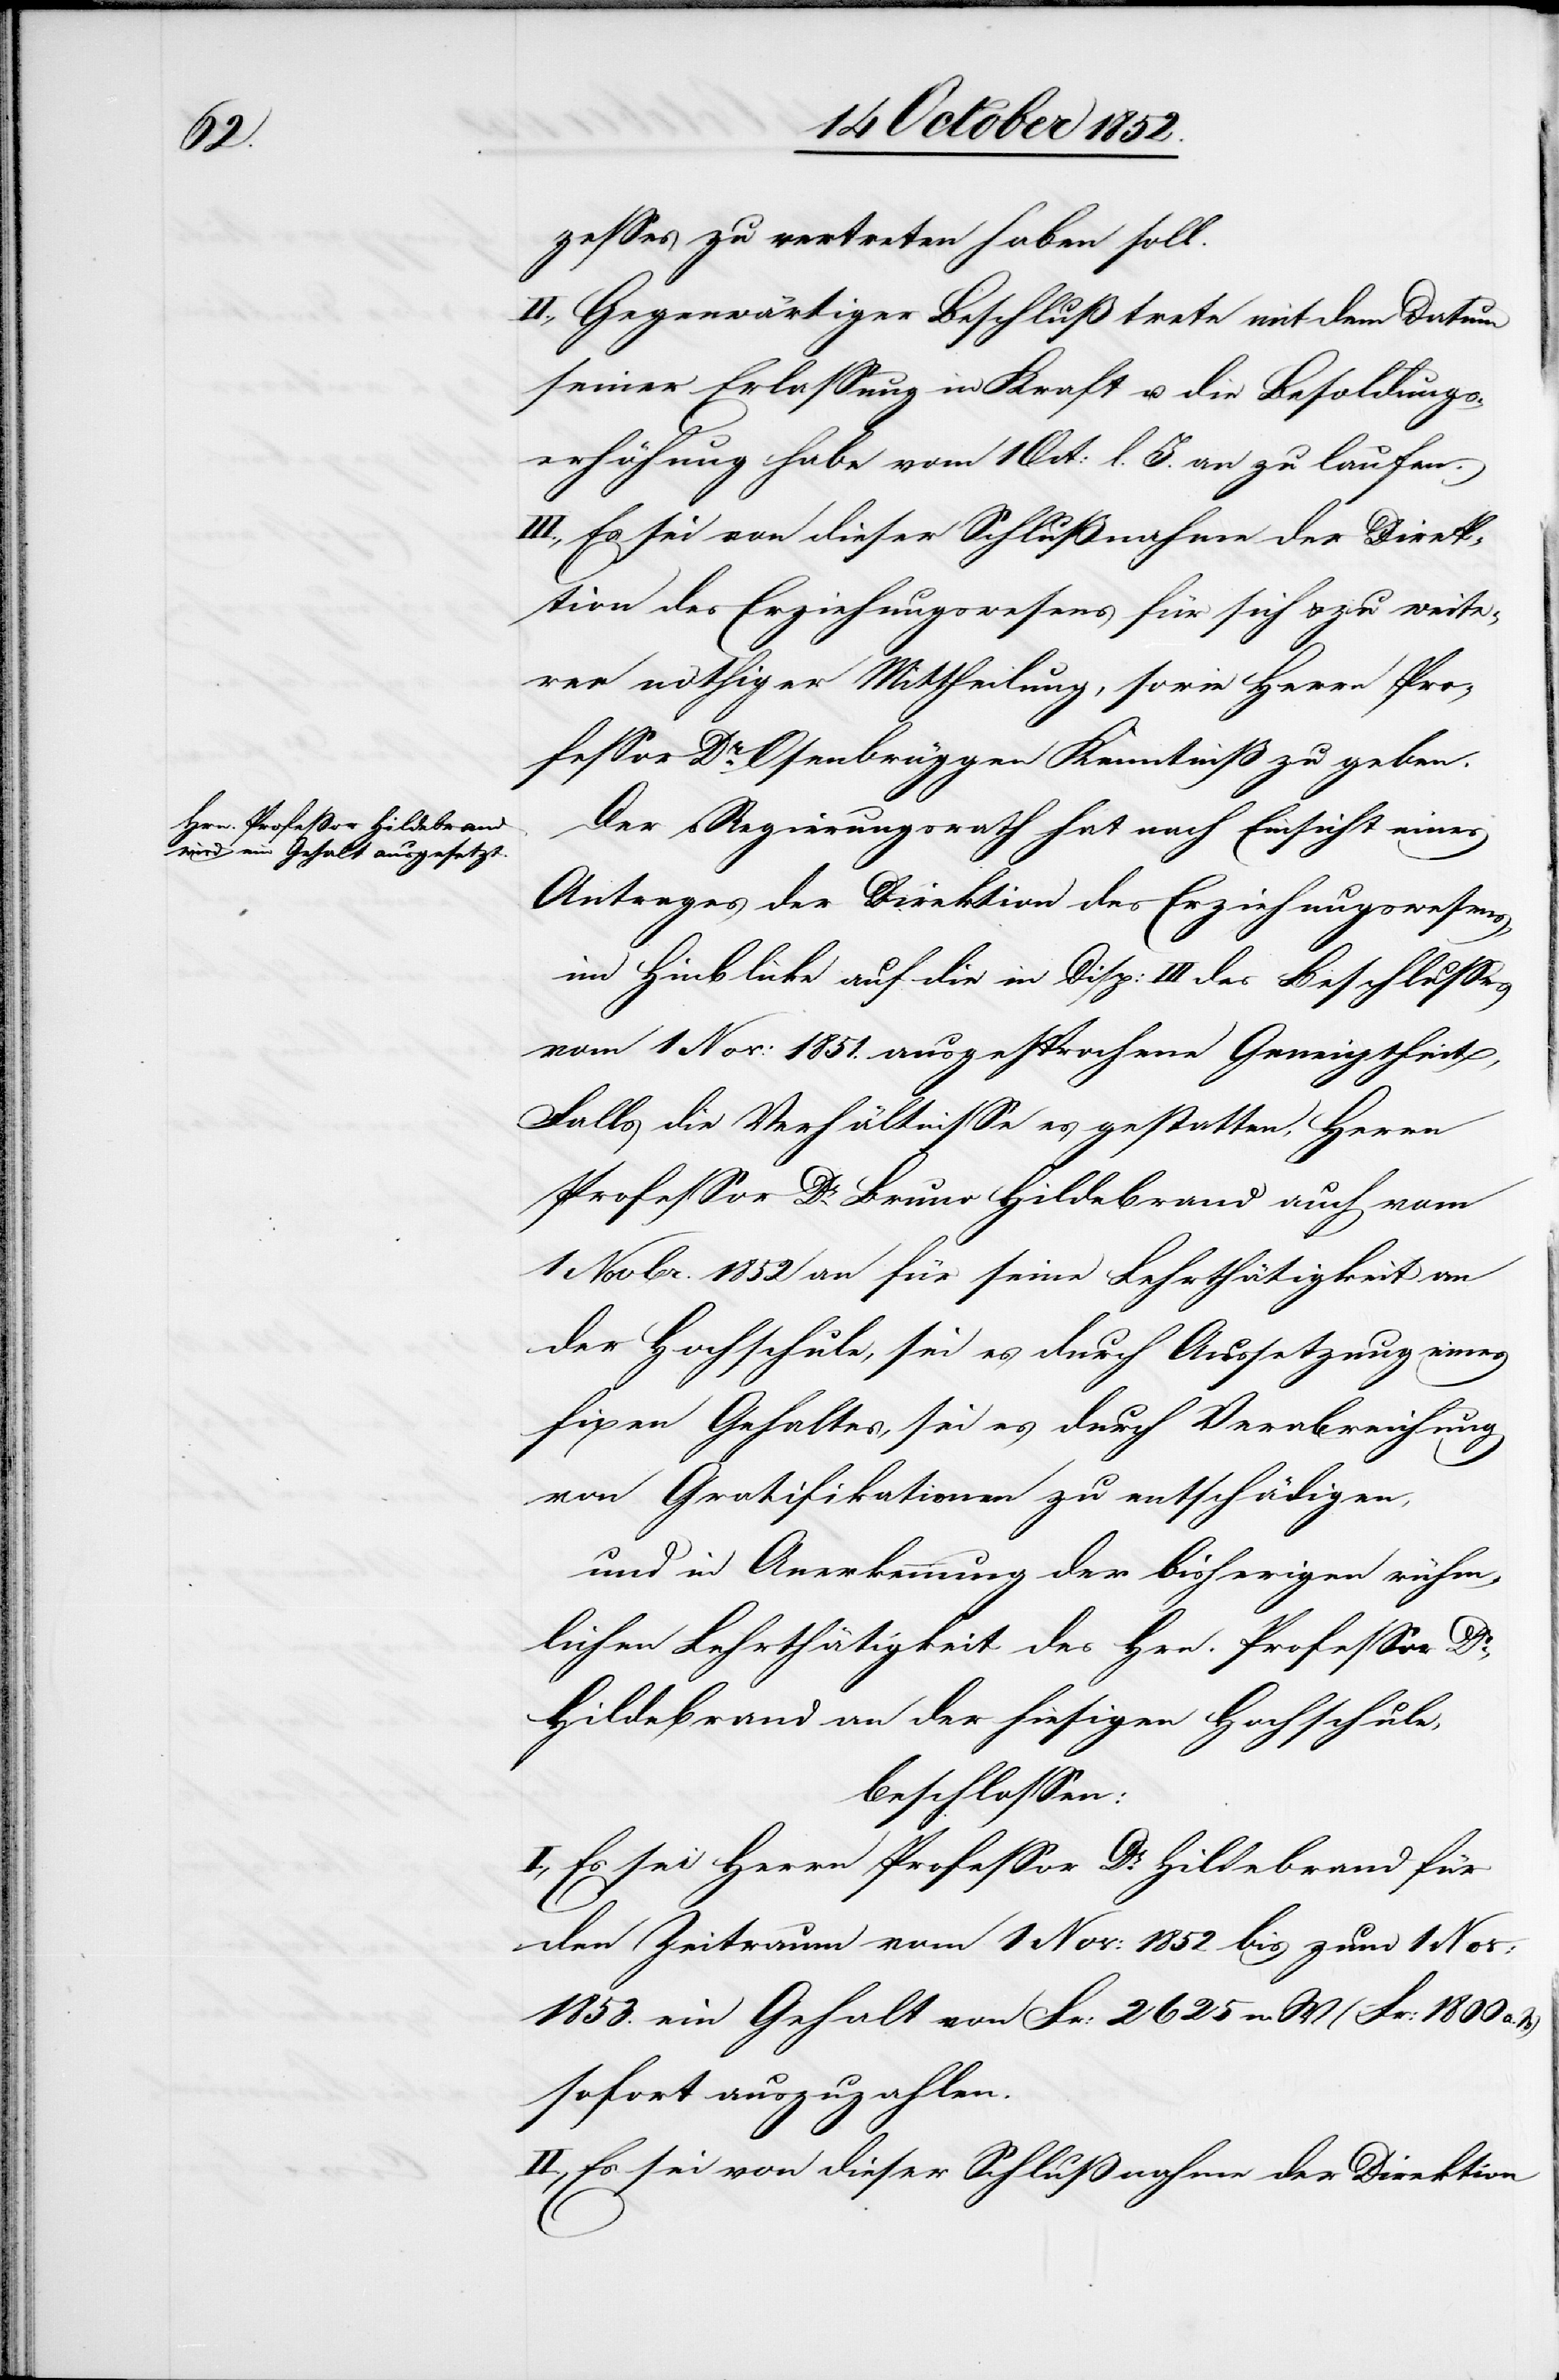
zesses zu vertreten haben soll.
II., Gegenwärtiger Beschluß trete mit dem Datum
seiner Erlassung in Kraft u. die Besoldungs¬
erhöhung habe vom 1 Oct: l. J. an zu laufen.
III., Es sei von dieser Schlußnahme der Direk¬
tion des Erziehungswesens für sich & zu weite¬
rer nöthiger Mittheilung, sowie Herrn Pro¬
fessor Dr. Osenbrüggen Kenntniß zu geben.
Der Regierungsrath hat nach Einsicht eines
Antrages der Direktion des Erziehungswesens,
im Hinblicke auf die in Disp: III des Beschlusses
vom 1 Nov: 1851. ausgesprochene Geneigtheit,
Falls die Verhältnisse es gestatten, Herrn
Professor Dr. Bruno Hildebrand auch vom
1 Novbr. 1852 an für seine Lehrthätigkeit an
der Hochschule, sei es durch Aussetzung eines
fixen Gehaltes, sei es durch Verabreichung
von Gratifikationen zu entschädigen,
und in Anerkennung der bisherigen rühm¬
lichen Lehrthätigkeit des Hrn. Professor Dr.
Hildebrand an der hiesigen Hochschule,
beschlossen:
I., Es sei Herrn Professor Dr. Hildebrand für
den Zeitraum vom 1 Nov: 1852 bis zum 1 Nov:
1853. ein Gehalt von Fr: 2625 n. W (Fr: 1800 a.
sofort auszuzahlen.
II., Es sei von dieser Schlußnahme der Direktion